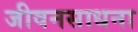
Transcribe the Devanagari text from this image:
जीवनसाधना